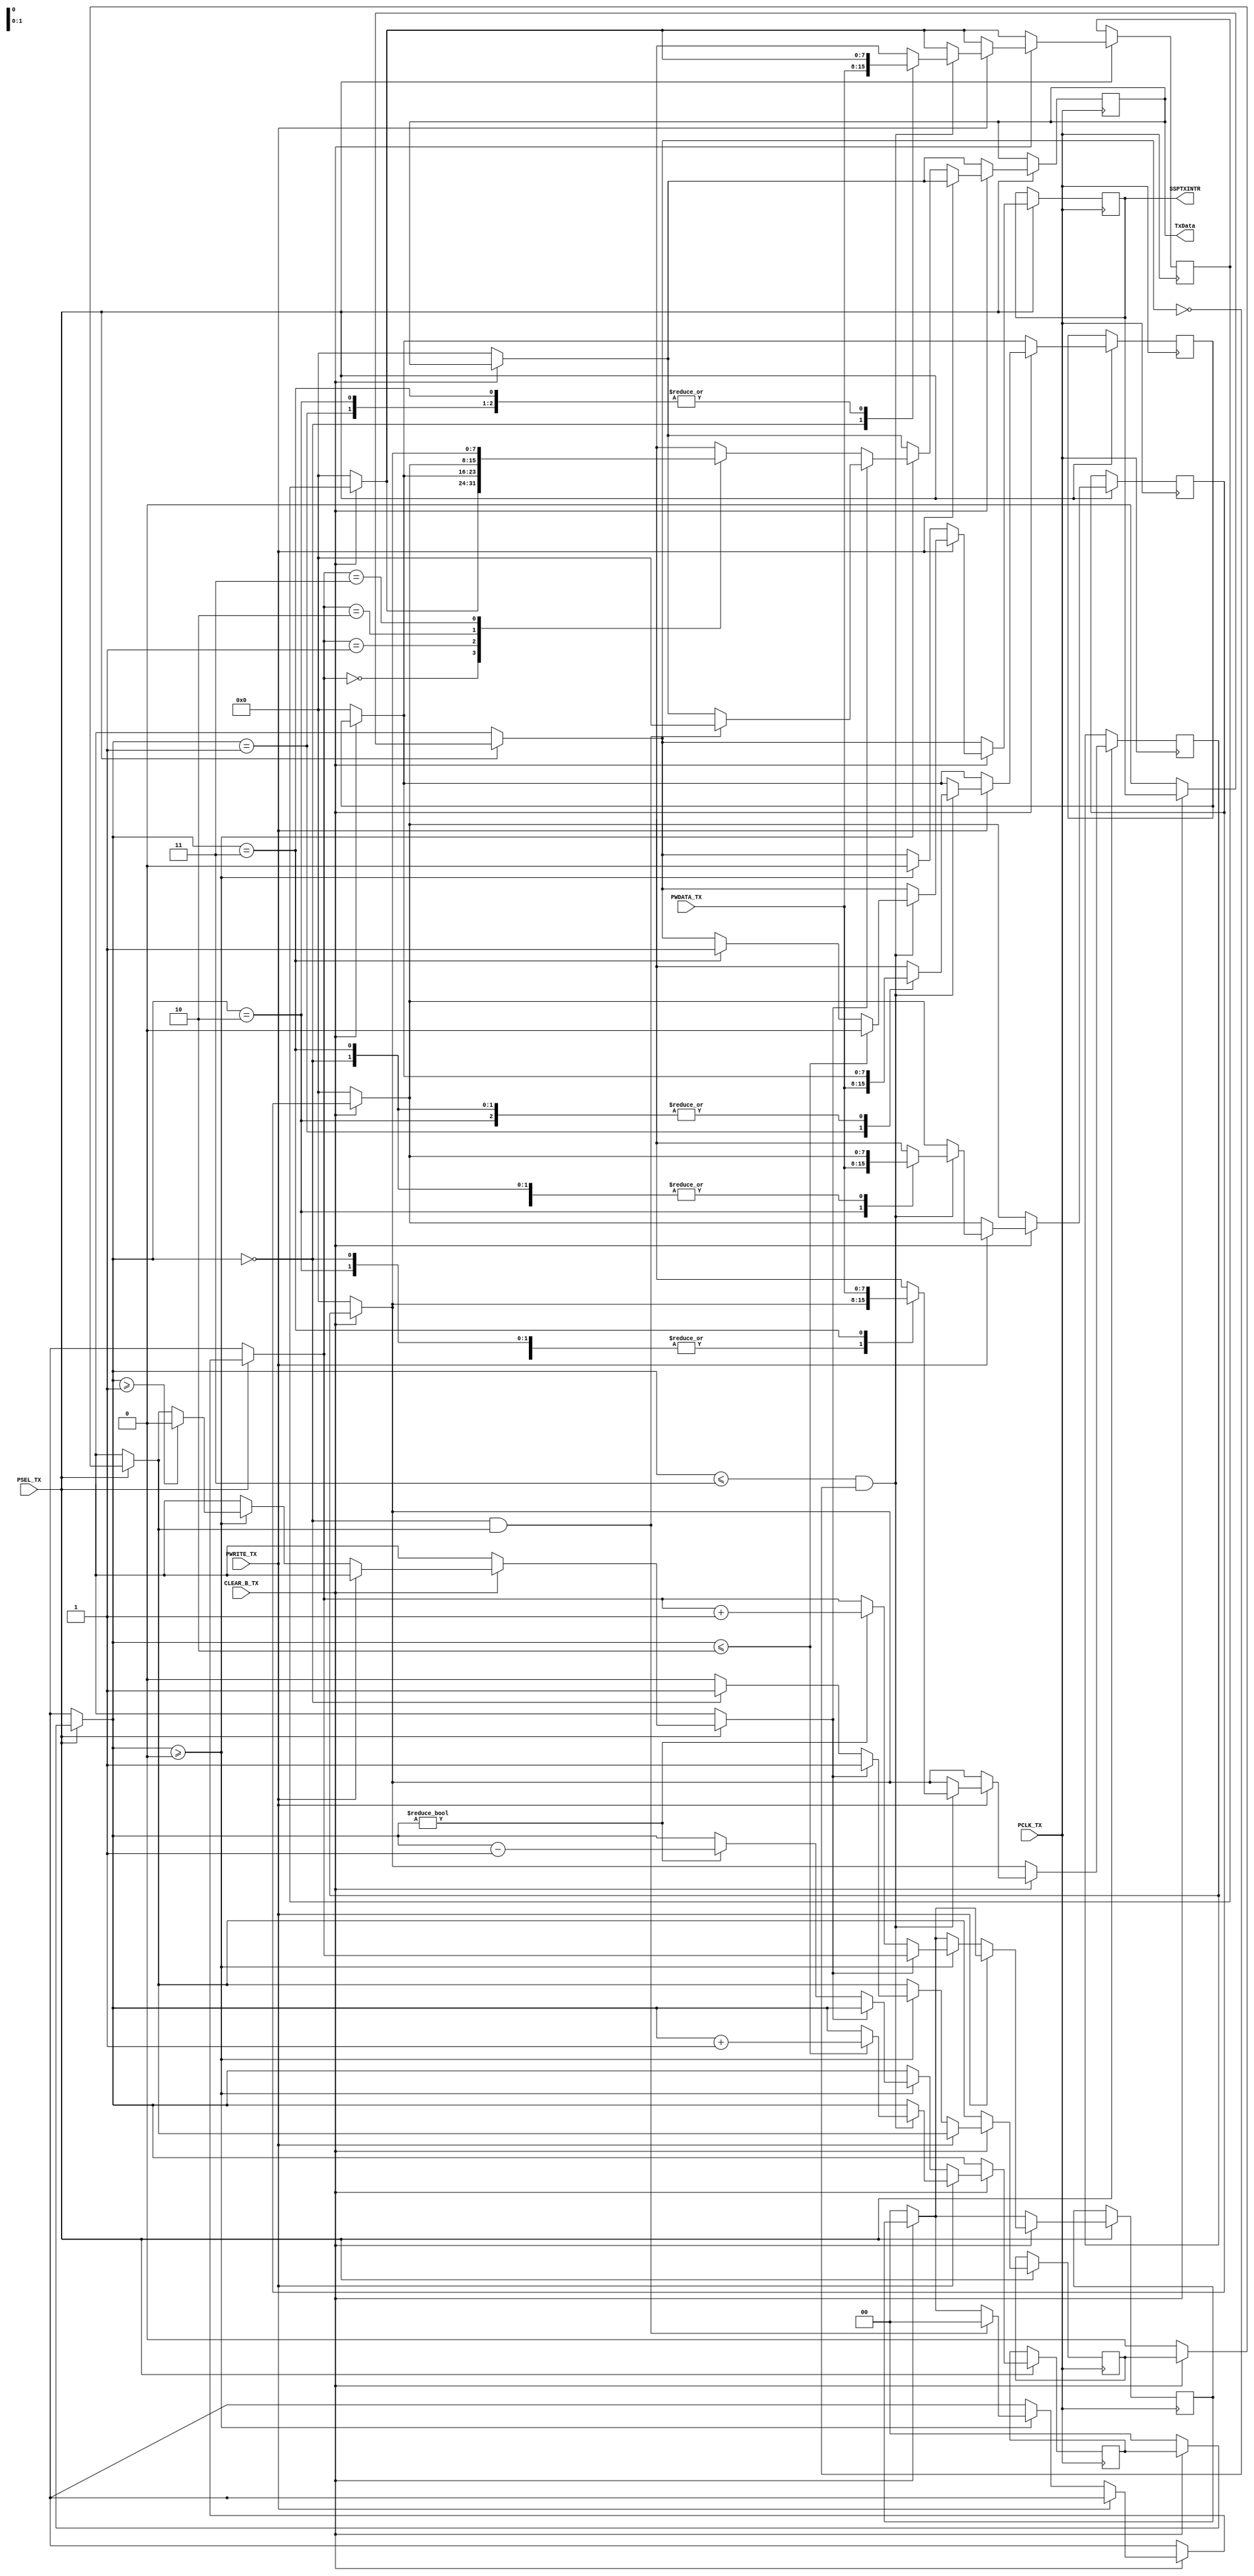
module TxFIFO(PSEL_TX,PWRITE_TX,PWDATA_TX,CLEAR_B_TX,PCLK_TX,TxData,SSPTXINTR);

input PSEL_TX;//select this part
input PWRITE_TX;//read/write, 1->write,0->read
input [7:0]PWDATA_TX;//tran data
input CLEAR_B_TX;//low->reset
input PCLK_TX;//clock

output [7:0]TxData;
output SSPTXINTR;

reg [7:0]TxData;
reg [7:0]temp[0:3];
reg [1:0]dis_c;
reg SSPTXINTR;
reg [1:0]ded_c;
reg [1:0]countdown;
reg last_elem;

always @(posedge PCLK_TX)

begin
if(PSEL_TX==1'b1)
begin
/////the reset////////
if(~CLEAR_B_TX)
begin
TxData=8'b00000000;
temp[0]=8'b00000000;
temp[1]=8'b00000000;
temp[2]=8'b00000000;
temp[3]=8'b00000000;
dis_c=2'b00;
ded_c=2'b00;
SSPTXINTR=1'b0;
countdown=2'b00;
last_elem=0;
end
/////////////////////
if(CLEAR_B_TX)
begin
/////write data///////
if(PWRITE_TX==1'b1)
begin


if((dis_c<=2'b11)&&(!(SSPTXINTR)))

begin

temp[dis_c]=PWDATA_TX;

if(dis_c==2'b11)
begin
SSPTXINTR=1'b1;
end

if(dis_c<=2'b10)
begin
dis_c=dis_c+1;
SSPTXINTR=1'b0;
end

end

end
/////////////////////
//////read data//////
else if(PWRITE_TX==0)
begin


if(dis_c>=2'b00)

begin

if(((dis_c==2'b00))&&last_elem)

begin
TxData=8'b00000000;
countdown=0;
end

if(dis_c>=2'b01)
begin
last_elem=1'b0;
end

if(!last_elem)
begin
ded_c=countdown;
TxData=temp[ded_c];

if(dis_c==2'b00)
begin
last_elem=1'b1;
end

if(dis_c!=2'b00)
begin
dis_c=dis_c-1;
countdown=countdown+1'b1;
end

end

SSPTXINTR=1'b0;

end

end
/////////////////////

end

end

end


endmodule